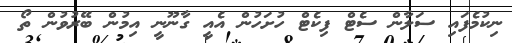
ނިކުމެފައި ސަލާން ސެޓް ފިކެޓް ހުށަހުން އެއީ ގާނޫނީ އިމުން ބޭރުވުން ތޯ